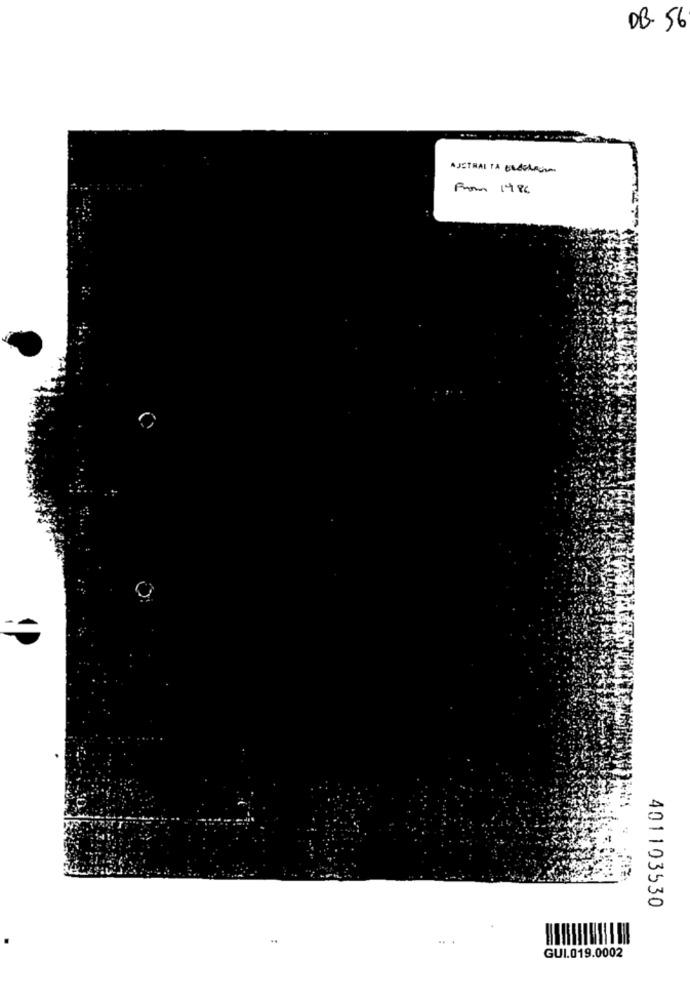
DB 56
AUSTRAL TA ENELai
From 1986
401103530
GUI.019.0002